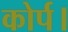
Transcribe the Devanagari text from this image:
कोर्प।